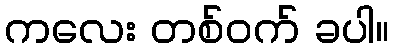
ကလေး တစ်ဝက် ခပါ။